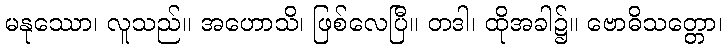
မနုဿော၊ လူသည်။ အဟောသိ၊ ဖြစ်လေပြီ။ တဒါ၊ ထိုအခါ၌။ ဗောဓိသတ္တော၊